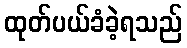
ထုတ်ပယ်ခံခဲ့ရသည်